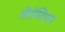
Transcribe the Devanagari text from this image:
सेलेस्टियास